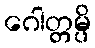
ဂေါတ္တမ္ပိ